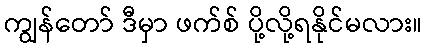
ကျွန်တော် ဒီမှာ ဖက်စ် ပို့လို့ရနိုင်မလား။